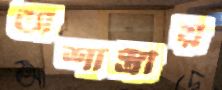
অশাস্ত্রীয়